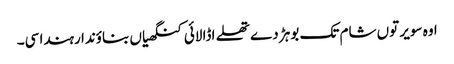
اوہ سویر توں شام تک بوہڑ دے تھلے اڈا لائی کنگھیاں بناؤندا رہندا سی۔